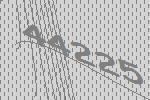
44225